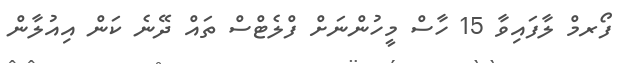
ފޯރމް ލާފައިވާ 15 ހާސް މީހުންނަށް ފްލެޓްސް ތައް ދޭނެ ކަން އިއުލާން